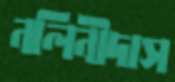
নলিনীদাস